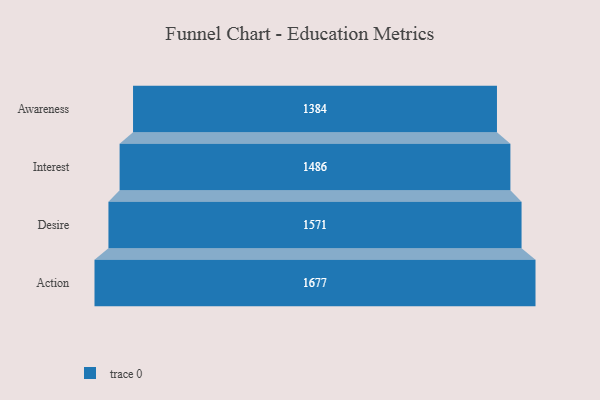
{"axis": {"x": "Stage", "y": "Value"}, "legend": [""], "data": [{"x": "Awareness", "y": 1384.0, "type": ""}, {"x": "Interest", "y": 1486.0, "type": ""}, {"x": "Desire", "y": 1571.0, "type": ""}, {"x": "Action", "y": 1677.0, "type": ""}]}